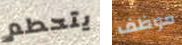
يتحطم موظف